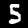
Digit: 5